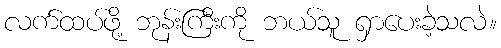
လက်ထပ်ဖို့ ဘုန်းကြီးကို ဘယ်သူ ရှာပေးခဲ့သလဲ။